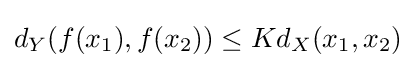
d_{Y}(f(x_{1}),f(x_{2}))\leq Kd_{X}(x_{1},x_{2})